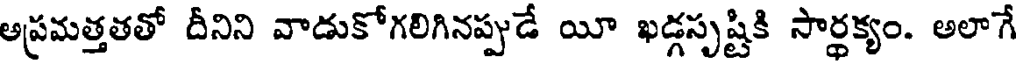
అప్రమత్తతతో దీనిని వాడుకోగలిగినప్పుడే యీ ఖడ్గసృష్టికి సార్ధక్యం. అలాగే